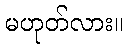
မဟုတ်လား။